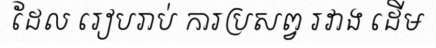
ដែល រៀបរាប់ ការប្រសព្វ រវាង ដើម